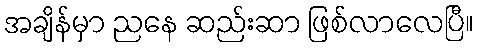
အချိန်မှာ ညနေ ဆည်းဆာ ဖြစ်လာလေပြီ။